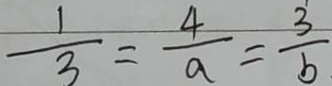
\frac { 1 } { 3 } = \frac { 4 } { a } = \frac { 3 } { b }